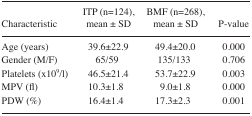
<table><thead><tr><td><b>Characteristic</b></td><td><b>ITP (n=124), mean ± SD</b></td><td><b>BMF (n=268),mean ± SD</b></td><td><b>P-value</b></td></tr></thead><tbody><tr><td>Age (years)</td><td>39.6±22.9</td><td>49.4±20.0</td><td>0.000</td></tr><tr><td>Gender (M/F)</td><td>65/59</td><td>135/133</td><td>0.706</td></tr><tr><td>Platelets (×10<sup>9</sup>/l)</td><td>46.5±21.4</td><td>53.7±22.9</td><td>0.003</td></tr><tr><td>MPV (fl)</td><td>10.3±1.8</td><td>9.0±1.8</td><td>0.000</td></tr><tr><td>PDW (%)</td><td>16.4±1.4</td><td>17.3±2.3</td><td>0.001</td></tr></tbody></table>